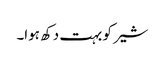
شیر کو بہت دکھ ہوا۔